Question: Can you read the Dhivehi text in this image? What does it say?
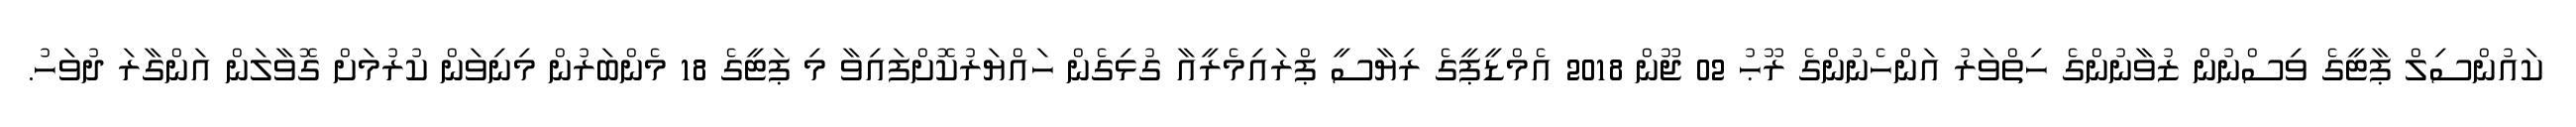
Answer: ކައުންސިލް ޕާޓީގެ ވިސްނުން ޒުވާނުންގެ ހިތްވަރު އަންހެނުންގެ ރޫޙު 02 ޖޫން 2018 އެމްޑީޕީގެ ރިޔާސީ ޕްރައިމެރީއާ ގުޅިގެން ހައްޔަރުކޮށްފައިވާ މި ޕަޓީގެ 18 މެންބަރުން މިނިވަން ކުރުމަށް ގޮވާލަން އަންގާރަ ދުވަހު.